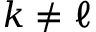
k \neq \ell